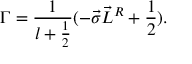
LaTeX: { \Gamma } = \frac { 1 } { l + \frac { 1 } { 2 } } ( - \vec { \sigma } \vec { L } ^ { R } + \frac { 1 } { 2 } ) .